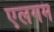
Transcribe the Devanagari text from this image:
एलगम